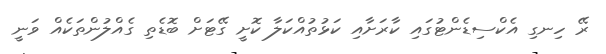
ރޭ ހިނގި އެކްސިޑެންޓުގައި ކާރަށާއި ކަޅުތުއްކަލާ ކޮށީ ގޭޓަށް ބޮޑެތި ގެއްލުންތަކެއް ވަނީ